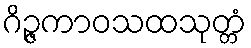
ဂိဉ္ဇကာဝသထသုတ္တံ